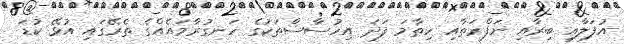
އުފަލާއި ބިރާއި ނަފްރަތާއި ހިތާމަ ފަދަ އިހުސާސްތަކުގެ ހަނގުރާމައެއްގެ ތެރޭގައި އުޅޭ ކުޑަ